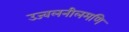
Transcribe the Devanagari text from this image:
उज्वलनीलमणि